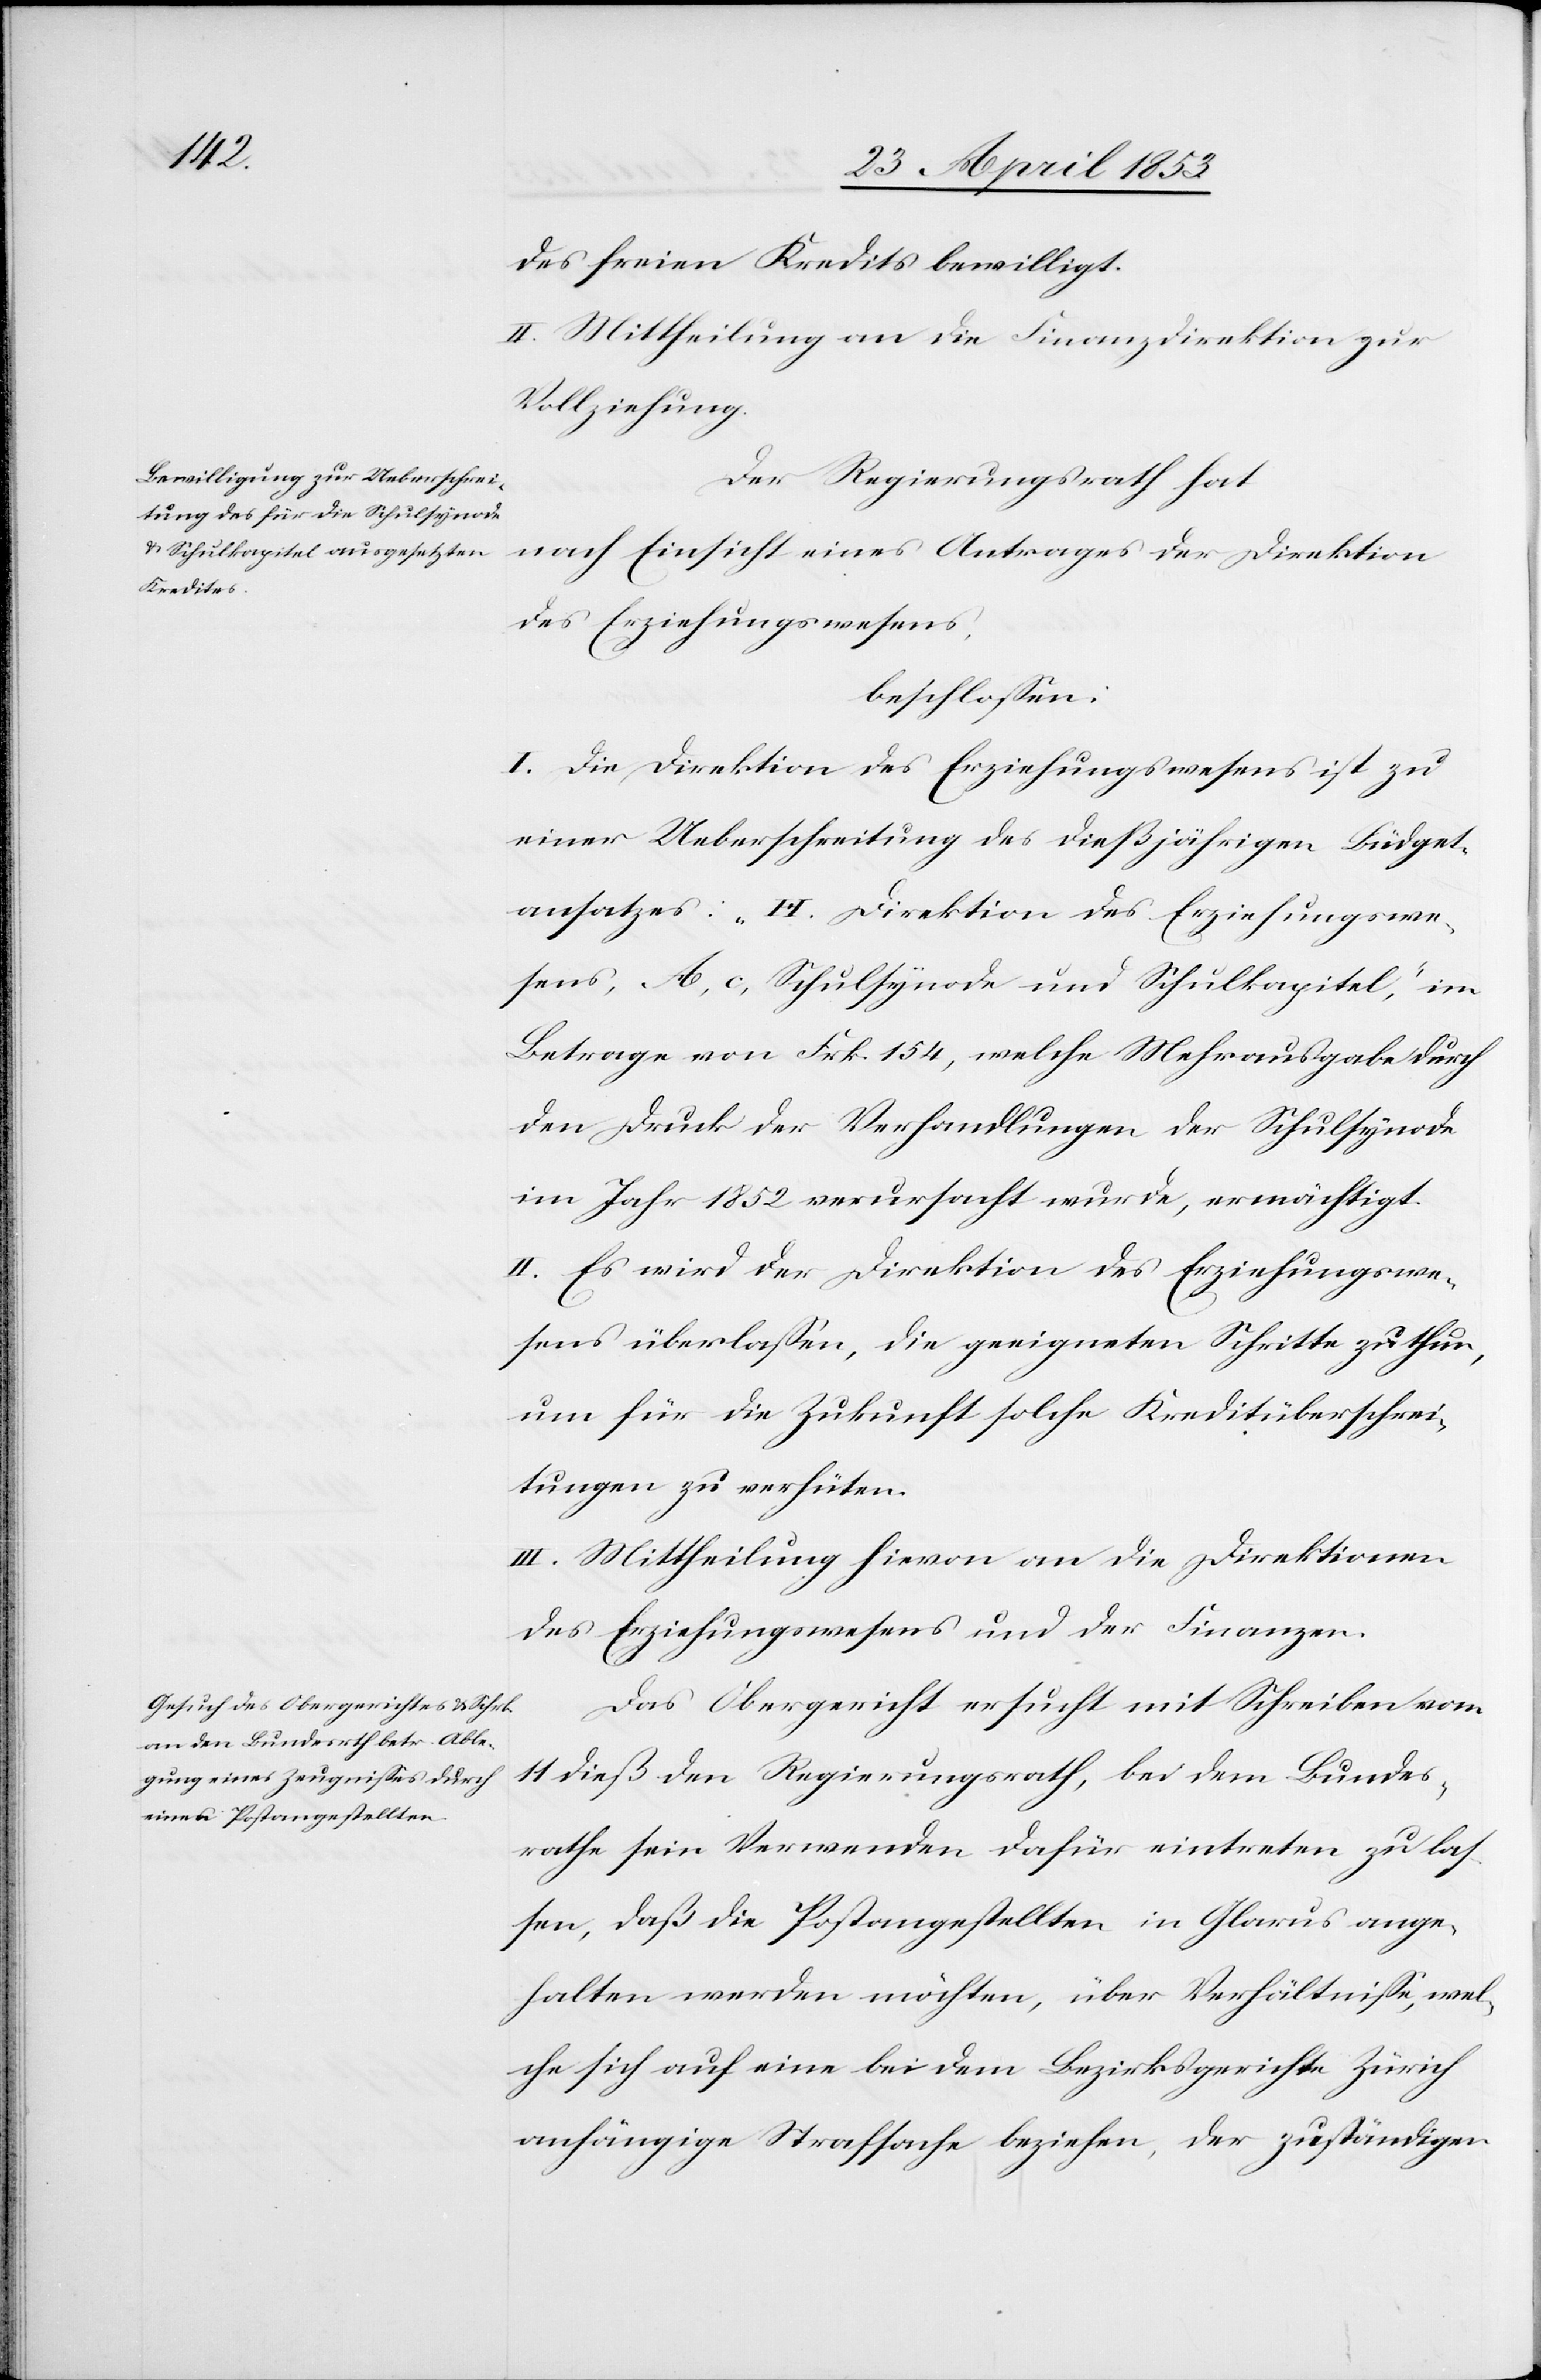
des freien Kredits bewilligt.
II. Mittheilung an die Finanzdirektion zur
Vollziehung.
Der Regierungsrath hat
nach Einsicht eines Antrages der Direktion
des Erziehungswesens,
beschloßen:
I. Die Direktion des Erziehungswesens ist zu
einer Ueberschreitung des dießjährigen Büdget¬
ansatzes: „H. Direktion des Erziehungswe¬
sens, A, c, Schulsynode und Schulkapitel“, im
Betrage von Frk. 154, welche Mehrausgabe durch
den Druck der Verhandlungen der Schulsynode
im Jahr 1852 verursacht wurde, ermächtigt.
II. Es wird der Direktion des Erziehungswe¬
sens überlaßen, die geeigneten Schritte zu thun,
um für die Zukunft solche Kreditüberschrei¬
tungen zu verhüten.
III. Mittheilung hievon an die Direktionen
des Erziehungswesens und der Finanzen.
Das Obergericht ersucht mit Schreiben vom
11 dieß den Regierungsrath, bei dem Bundes¬
rathe sein Verwenden dafür eintreten zu laß¬
en, daß die Postangestellten in Glarus ange¬
halten werden möchten, über Verhältniße, wel¬
che sich auf eine bei dem Bezirksgerichte Zürich
anhängige Strafsache beziehen, der zuständigen